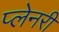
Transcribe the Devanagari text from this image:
प्लेनरी